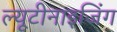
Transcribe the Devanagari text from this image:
ल्यूटीनाइजिंग